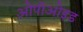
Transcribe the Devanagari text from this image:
ओपीओइड